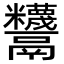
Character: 𩱵